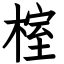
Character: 榁